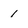
Character: 1